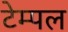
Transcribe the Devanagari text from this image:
टेम्‍पल